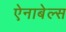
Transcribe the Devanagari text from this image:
ऐनाबेल्स